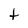
Character: t